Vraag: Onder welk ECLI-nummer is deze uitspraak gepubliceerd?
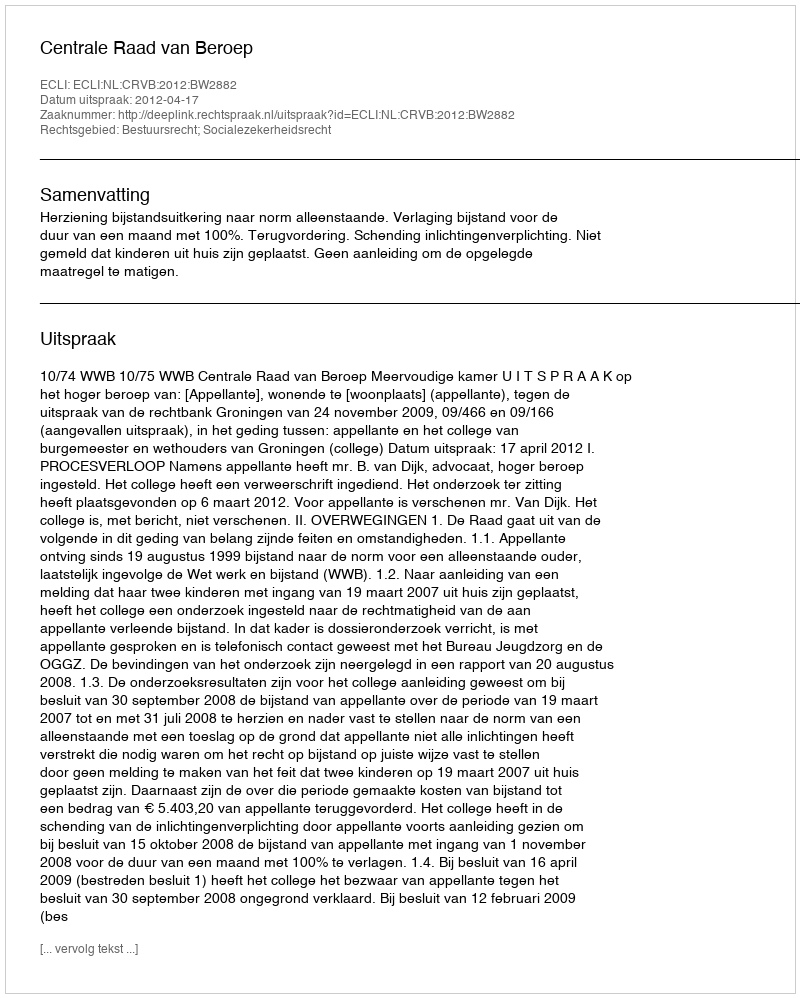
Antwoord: ECLI:NL:CRVB:2012:BW2882